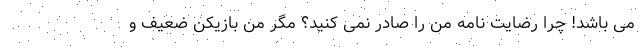
می باشد! چرا رضایت نامه من را صادر نمی کنید؟ مگر من بازیکن ضعیف و